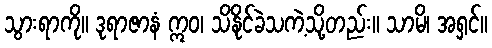
သွားရာကို။ ဒုရာဇာနံ ဣဝ၊ သိနိုင်ခဲသကဲ့သို့တည်း။ သာမိ၊ အရှင်။